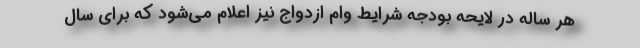
هر ساله در لایحه بودجه شرایط وام ازدواج نیز اعلام می‌شود که برای سال